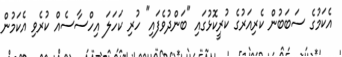
އެކަމުގެ ސަބަބުން ކެރިއަރުގެ ކުރީކޮޅުގައި "ބަންދުވެފައި" ހުރި ކަހަލަ އިހްސާސެއް ކުރެވި އެކަމުން